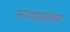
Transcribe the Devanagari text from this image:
रूग्णालयाच्या